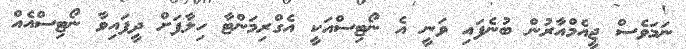
ނަމަވެސް ޖީއެމްއާރުން ބުނެފައި ވަނީ އެ ނޯޓިސްއަކީ އެގްރިމަންޓާ ހިލާފަށް ދީފައިވާ ނޯޓިސްއެއް